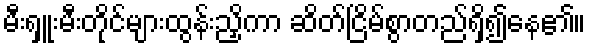
မီးရှူးမီးတိုင်များထွန်းညှိကာ ဆိတ်ငြိမ်စွာတည်ရှိ၍နေ၏။